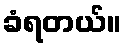
ခံရတယ်။